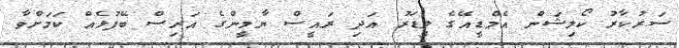
ސަރުކާރު ކޯލިޝަން އެމްޑީއޭގެ ލީޑަރު އަދި ރައީސް ޔާމީންގެ އަރިސް ބޭފުޅެއް ކަމަށްވާ